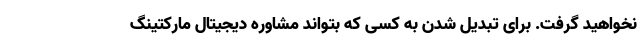
نخواهید گرفت. برای تبدیل شدن به کسی که بتواند مشاوره دیجیتال مارکتینگ